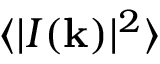
\langle | I ( \mathbf { k } ) | ^ { 2 } \rangle